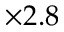
\times 2 . 8